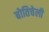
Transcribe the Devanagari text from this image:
बोतिचेली